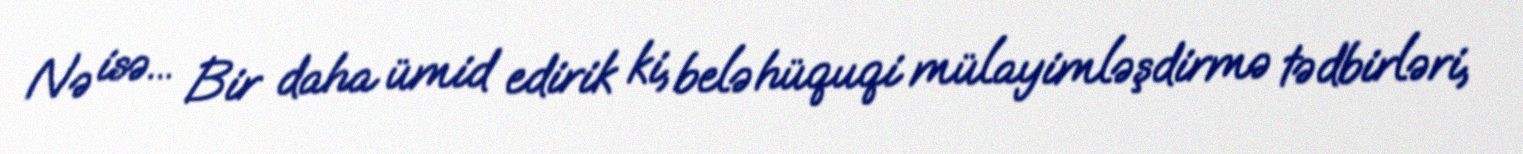
Nə isə... Bir daha ümid edirik ki, belə hüquqi mülayimləşdirmə tədbirləri,